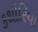
કથીરિયા